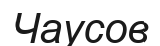
Чаусов